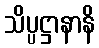
သိပ္ပဋ္ဌာနာနိ